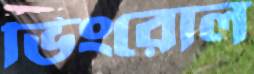
ভিংরোল